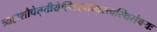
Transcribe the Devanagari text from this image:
त्र्यहाशौचेतृतीयेह्निकर्तव्यस्त्वस्थिसंचयः